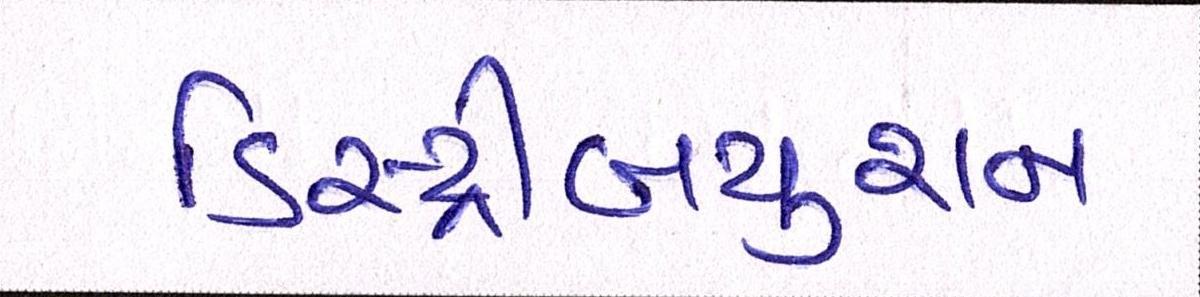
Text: ડિસ્ટ્રીબયુશન